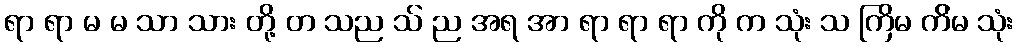
ရာ ရာ မ မ သာ သား တို့ တ သည သ် ည အရ အာ ရာ ရာ ရာ ကို က သုံး သ ကြိမ က်ိမ သုံး